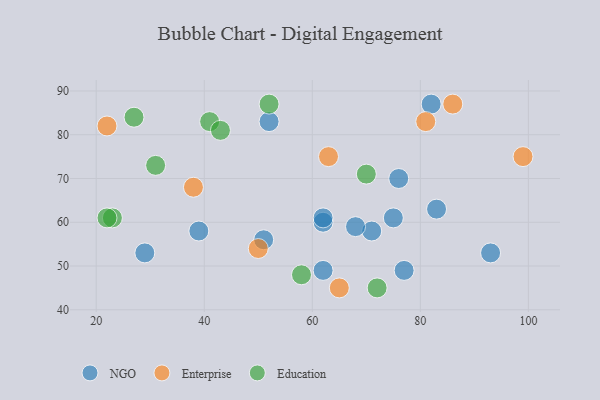
{"axis": {"x": "GDP", "y": "Life Expectancy"}, "legend": ["Education", "Enterprise", "NGO"], "data": [{"x": "76", "y": 70, "type": "NGO"}, {"x": "29", "y": 53, "type": "NGO"}, {"x": "77", "y": 49, "type": "NGO"}, {"x": "71", "y": 58, "type": "NGO"}, {"x": "75", "y": 61, "type": "NGO"}, {"x": "83", "y": 63, "type": "NGO"}, {"x": "51", "y": 56, "type": "NGO"}, {"x": "93", "y": 53, "type": "NGO"}, {"x": "62", "y": 49, "type": "NGO"}, {"x": "39", "y": 58, "type": "NGO"}, {"x": "82", "y": 87, "type": "NGO"}, {"x": "68", "y": 59, "type": "NGO"}, {"x": "52", "y": 83, "type": "NGO"}, {"x": "62", "y": 60, "type": "NGO"}, {"x": "62", "y": 61, "type": "NGO"}, {"x": "50", "y": 54, "type": "Enterprise"}, {"x": "22", "y": 82, "type": "Enterprise"}, {"x": "65", "y": 45, "type": "Enterprise"}, {"x": "99", "y": 75, "type": "Enterprise"}, {"x": "81", "y": 83, "type": "Enterprise"}, {"x": "38", "y": 68, "type": "Enterprise"}, {"x": "63", "y": 75, "type": "Enterprise"}, {"x": "86", "y": 87, "type": "Enterprise"}, {"x": "27", "y": 84, "type": "Education"}, {"x": "41", "y": 83, "type": "Education"}, {"x": "23", "y": 61, "type": "Education"}, {"x": "43", "y": 81, "type": "Education"}, {"x": "58", "y": 48, "type": "Education"}, {"x": "72", "y": 45, "type": "Education"}, {"x": "52", "y": 87, "type": "Education"}, {"x": "22", "y": 61, "type": "Education"}, {"x": "31", "y": 73, "type": "Education"}, {"x": "70", "y": 71, "type": "Education"}]}